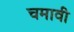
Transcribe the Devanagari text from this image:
चमावी